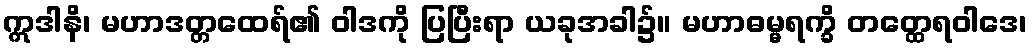
ဣဒါနိ၊ မဟာဒတ္တထေရ်၏ ဝါဒကို ပြပြီးရာ ယခုအခါ၌။ မဟာဓမ္မရက္ခိ တတ္ထေရဝါဒေ၊